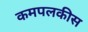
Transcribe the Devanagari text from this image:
कमपलकीस